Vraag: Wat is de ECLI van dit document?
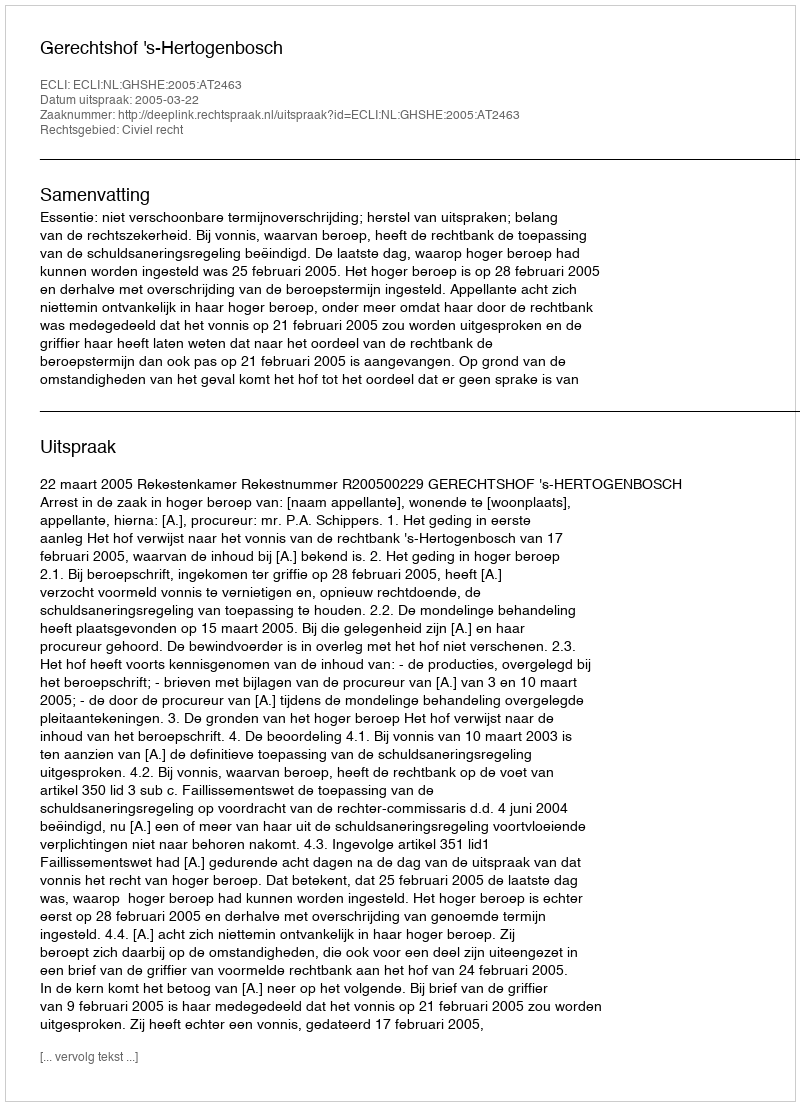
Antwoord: ECLI:NL:GHSHE:2005:AT2463